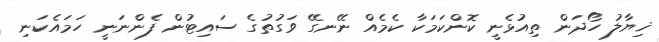
ޚިޔާލު ހޯދަން ތިއުޅެނީ ކޮންކަމަކާ ކެމެއް ނޭނގޭ ވަގުތުގެ ސައިޓުން ފެންނަނީ ހަމައެކަނި